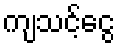
ကျသင့်ငွေ